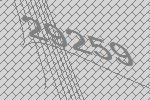
29259